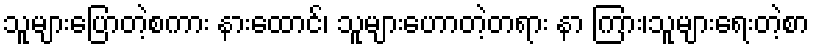
သူများပြောတဲ့စကား နားထောင်၊ သူများဟောတဲ့တရား နာ ကြား၊သူများရေးတဲ့စာ